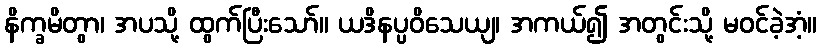
နိက္ခမိတွာ၊ အပသို့ ထွက်ပြီးသော်။ ယဒိနပ္ပဝိသေယျ၊ အကယ်၍ အတွင်းသို့ မဝင်ခဲ့အံ့။